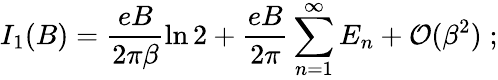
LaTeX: I_{1}(B)=\frac{eB}{2\pi\beta}\ln 2+\frac{eB}{2\pi}\sum_{n=1}^{\infty}E_{n}+{\cal{O}}(\beta^{2})\; ;